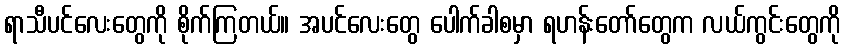
ရာသီပင်လေးတွေကို စိုက်ကြတယ်။ အပင်လေးတွေ ပေါက်ခါစမှာ ရဟန်းတော်တွေက လယ်ကွင်းတွေကို